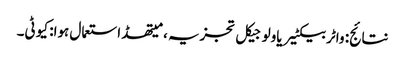
نتائج: واٹر بیکٹیریاولوجیکل تجزیہ ، میتھڈ استعمال ہوا: کیو ٹی۔